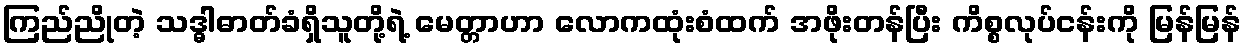
ကြည်ညိုတဲ့ သဒ္ဓါဓာတ်ခံရှိသူတို့ရဲ့ မေတ္တာဟာ လောကထုံးစံထက် အဖိုးတန်ပြီး ကိစ္စလုပ်ငန်းကို မြန်မြန်